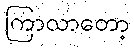
ကြာလာတော့